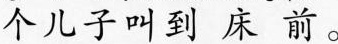
个儿子叫到床前。